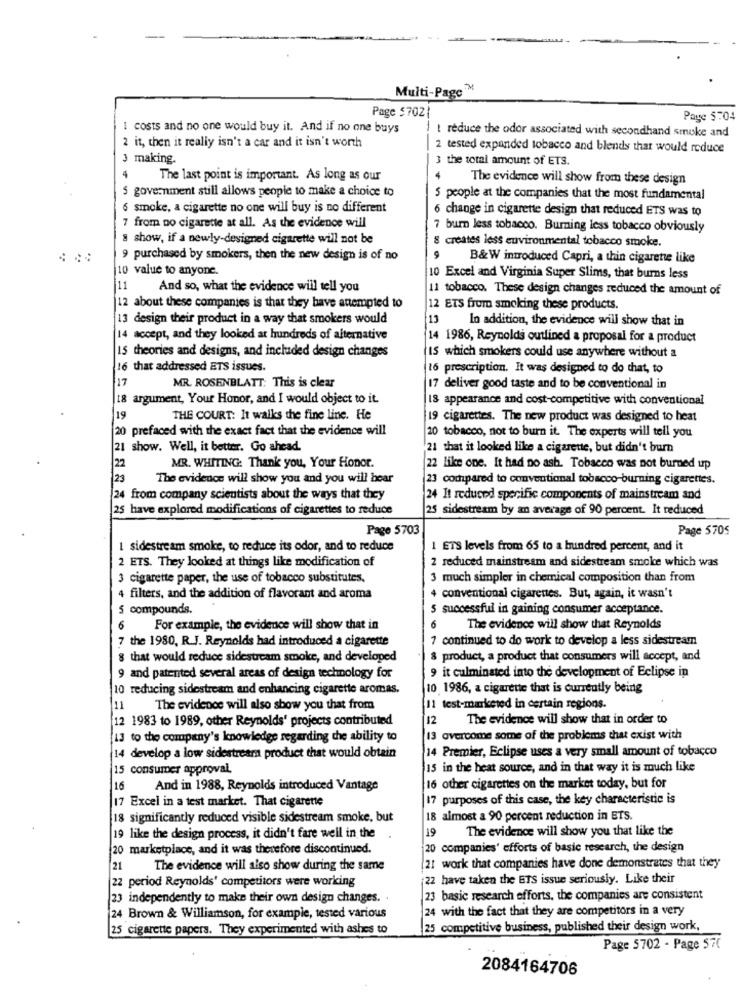
Multi-Page™
Page $702
Page $704
1 costs and no one would buy it. And if no one buys
2 it, then it really isn't a car and it isn't worth
t reduce the odor associated with secondhand smoke and
2 tested expanded tobacco and blends that would reduce
3 making.
3 the total amount of ETS.
4
The last point is important. As long as our
The evidence will show from these design
5 government still allows people to make a choice to
5 people at the companies that the most fundamental
6 smoke, a cigarette no one will buy is no different
6 change in cigarette design that reduced ETS was to
7 from no cigarette at all. As the evidence will
7 burn less tobacco. Burning less tobacco obviously
8 show, if a newly-designed cigarette will not be
8 creates less environmental tobacco smoke.
9 purchased by smokers, then the new design is of no
B&W introduced Capri, a thin cigarette like
10 value to anyone.
10 Excel and Virginia Super Slims, that burns less
11
And so, what the evidence will tell you
11 tobacco. These design changes reduced the amount of
12 about these companies is that they have attempted to
12 ETS from smoking these products.
13 design their product in a way that smokers would
13
In addition, the evidence will show that in
14 accept, and they looked at hundreds of alternative
4 1986, Reynolds outlined a proposal for a product
15 theories and designs, and included design changes
IS which smokers could use anywhere without a
16 that addressed ETS issues.
6 prescription. It was designed to do that, to
17
MR. ROSENBLATT: This is clear
17 deliver good taste and to be conventional in
18 argument, Your Honor, and I would object to it.
18 appearance and cost-competitive with conventional
19
THE COURT: It walks the fine line. He
19 cigarettes. The new product was designed to heat
20 prefaced with the exact fact that the evidence will
20 tobacco, not to burn it. The experts will tell you
21 show. Well, it better. Go ahead
21 that it looked like a cigarette, but didn't burn
22
MR. WHITING: Thank you, Your Honor.
22 like one. It had no ash. Tobacco was not burned up
23
The evidence will show you and you will hear
23 compared to conventional tobacco-burning cigarettes.
24 from company scientists about the ways that they
24 It reduced specific components of mainstream and
25 have explored modifications of cigarettes to reduce
25 sidestream by an average of 90 percent. It reduced
Page 5703
Page 5705
1 sidestream smoke, to reduce its odor, and to reduce
1 ETS levels from 65 to a hundred percent, and it
2 ETS. They looked at things like modification of
2 reduced mainstream and sidestream smoke which was
3 cigarette paper, the use of tobacco substitutes.
3 much simpler in chemical composition than from
4 filters, and the addition of flavorant and aroma
conventional cigarenes. But, again, it wasn't
5 compounds.
5 successful in gaining consumer acceptance.
6
For example, the evidence will show that in
6
The evidence will show that Reynolds
7 the 1980, R.J. Reynolds had introduced a cigarette
7 continued to do work to develop a less sidestream
8 that would reduce sidestream smoke, and developed
& product, a product that consumers will accept, and
9 and patented several areas of design technology for
it culminated into the development of Eclipse in
10 reducing sidestream and enhancing cigarette aromas.
10 1986, a cigarette that is currently being
The evidence will also show you that from
11 test-marketed in certain regions.
2 1983 to 1989, other Reynolds' projects contributed
12
The evidence will show that in order to
13 to the company's knowledge regarding the ability to
13 overcome some of the problems that exist with
14 Premier, Eclipse uses a very small amount of tobacco
14 develop a low sidestream product that would obtain
15 consumer approval
15 in the heat source, and in that way it is much like
16
And in 1988, Reynolds introduced Vantage
16 other cigarettes on the market today, but for
17 Excel in a test market. That cigarette
17 purposes of this case, the key characteristic is
18 significantly reduced visible sidestream smoke, but
18 almost a 90 percent reduction in ETS.
19
The evidence will show you that like the
19 like the design process, it didn't fare well in the
20 marketplace, and it was therefore discontinued.
20 companies' efforts of basic research, the design
21
The evidence will also show during the same
21 work that companies have done demonstrates that they
22 period Reynolds' competitors were working
22 have taken the ETS issue seriously. Like their
23 independently to make their own design changes.
23 basic research efforts, the companies are consistent
24 with the fact that they are competitors in a very
24 Brown & Williamson, for example, tested various
25 cigarette papers. They experimented with ashes to
25 competitive business, published their design work,
Page 5702 - Page 570
2084164706